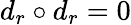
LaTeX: d_{r}\circ d_{r}=0